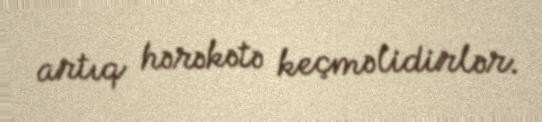
artıq hərəkətə keçməlidirlər.